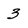
Character: 3